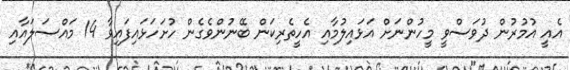
އެއީ އުމުރުން ދުވަސްވީ މީހުންނަށް އަޅައިލުމާއި އެހީތެރިކަން ބޭނުންވެގެން ހުށަހަޅައިފައިވާ 14 މައްސަލައާއި